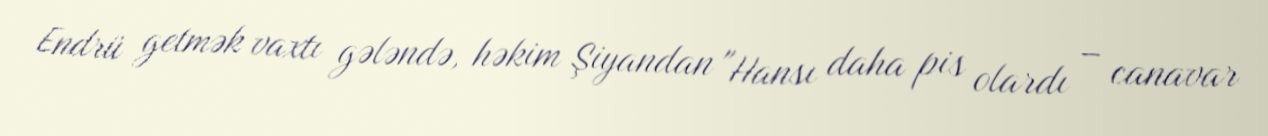
Endrü getmək vaxtı gələndə, həkim Şiyandan "Hansı daha pis olardı – canavar